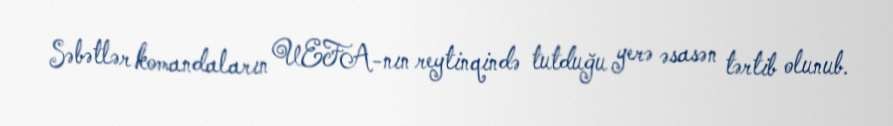
Səbətlər komandaların UEFA-nın reytinqində tutduğu yerə əsasən tərtib olunub.